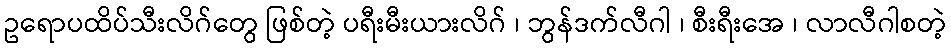
ဥရောပထိပ်သီးလိဂ်တွေ ဖြစ်တဲ့ ပရီးမီးယားလိဂ် ၊ ဘွန်ဒက်လီဂါ ၊ စီးရီးအေ ၊ လာလီဂါစတဲ့